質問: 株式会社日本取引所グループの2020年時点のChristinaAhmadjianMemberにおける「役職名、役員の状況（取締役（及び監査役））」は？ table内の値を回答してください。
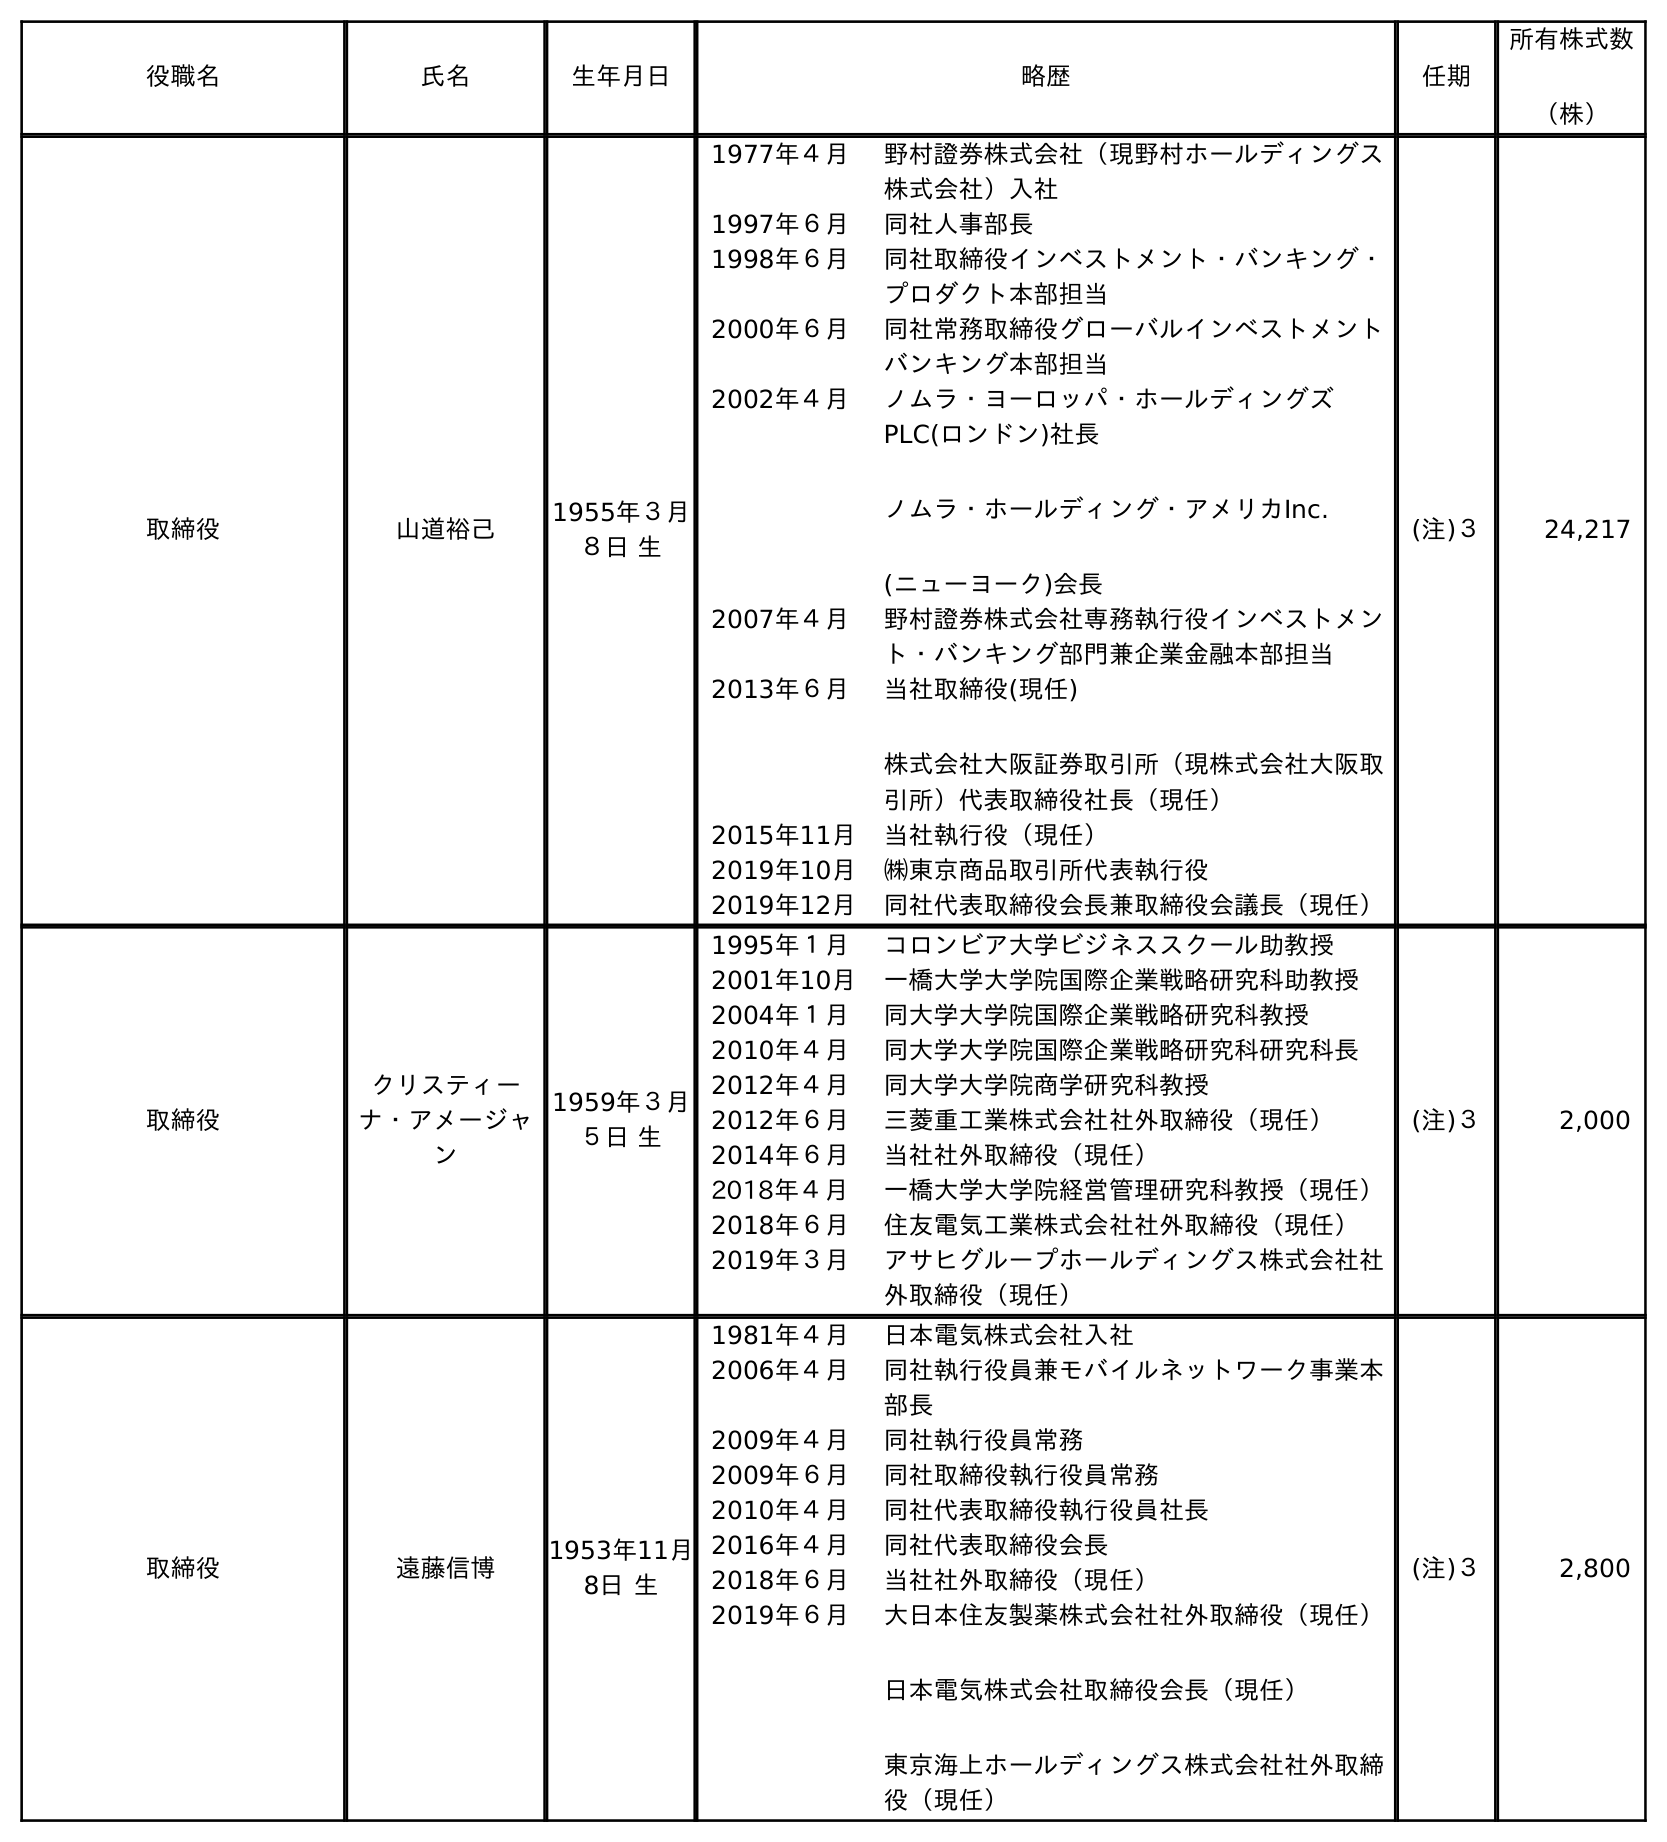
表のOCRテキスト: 役職名 氏名 生年月日 略歴 任期 所有株式数 （株） 取締役 山道裕己 1955年３月 ８日 生 1977年４月 野村證券株式会社（現野村ホールディングス 株式会社）入社 1997年６月 同社人事部長 1998年６月 同社取締役インベストメント・バンキング・ プロダクト本部担当 2000年６月 同社常務取締役グローバルインベストメント バンキング本部担当 2002年４月 ノムラ・ヨーロッパ・ホールディングズ PLC(ロンドン)社長 ノムラ・ホールディング・アメリカInc. (ニューヨーク)会長 2007年４月 野村證券株式会社専務執行役インベストメン ト・バンキング部門兼企業金融本部担当 2013年６月 当社取締役(現任) 株式会社大阪証券取引所（現株式会社大阪取 引所）代表取締役社長（現任） 2015年11月 当社執行役（現任） 2019年10月 ㈱東京商品取引所代表執行役 2019年12月 同社代表取締役会長兼取締役会議長（現任） (注)３ 24,217 取締役 クリスティー ナ・アメージャ ン 1959年３月 ５日 生 1995年１月 コロンビア大学ビジネススクール助教授 2001年10月 一橋大学大学院国際企業戦略研究科助教授 2004年１月 同大学大学院国際企業戦略研究科教授 2010年４月 同大学大学院国際企業戦略研究科研究科長 2012年４月 同大学大学院商学研究科教授 2012年６月 三菱重工業株式会社社外取締役（現任） 2014年６月 当社社外取締役（現任） 2018年４月 一橋大学大学院経営管理研究科教授（現任） 2018年６月 住友電気工業株式会社社外取締役（現任） 2019年３月 アサヒグループホールディングス株式会社社 外取締役（現任） (注)３ 2,000 取締役 遠藤信博 1953年11月 8日 生 1981年４月 日本電気株式会社入社 2006年４月 同社執行役員兼モバイルネットワーク事業本 部長 2009年４月 同社執行役員常務 2009年６月 同社取締役執行役員常務 2010年４月 同社代表取締役執行役員社長 2016年４月 同社代表取締役会長 2018年６月 当社社外取締役（現任） 2019年６月 大日本住友製薬株式会社社外取締役（現任） 日本電気株式会社取締役会長（現任） 東京海上ホールディングス株式会社社外取締 役（現任） (注)３ 2,800
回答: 取締役